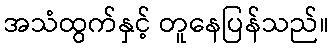
အသံထွက်နှင့် တူနေပြန်သည်။